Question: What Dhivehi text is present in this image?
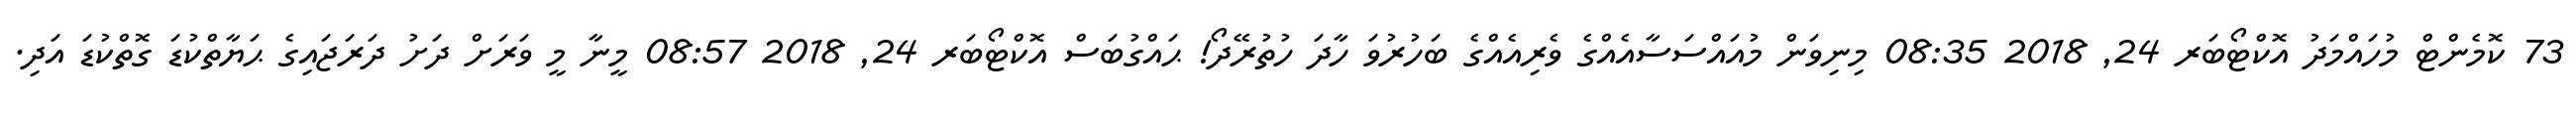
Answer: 73 ކޮމެންޓް މުހައްމަދު އޮކްޓޯބަރ 24, 2018 08:35 މިނިވަން މުއައްސަސާއެއްގެ ވެރިއެއްގެ ބަހުރުވަ ހާދަ ހުތުރޭދޯ! ޙައްގުބަސް އޮކްޓޯބަރ 24, 2018 08:57 މީނާ މީ ވަރަށް ދަށު ދަރަޖައިގެ ޙަޔާތްކުޑަ ގޮތްކުޑަ އަދި.